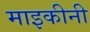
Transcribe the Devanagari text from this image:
माइकीनी